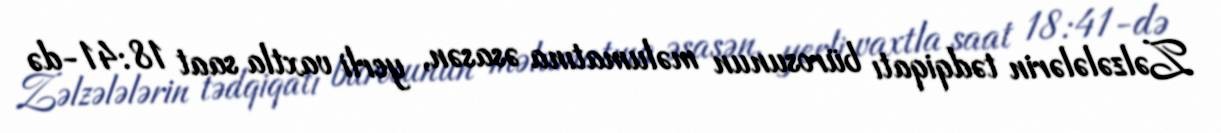
Zəlzələlərin tədqiqatı bürosunun məlumatına əsasən, yerli vaxtla saat 18:41-də